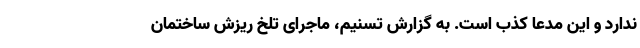
ندارد و این مدعا کذب است. به گزارش تسنیم، ماجرای تلخ ریزش ساختمان